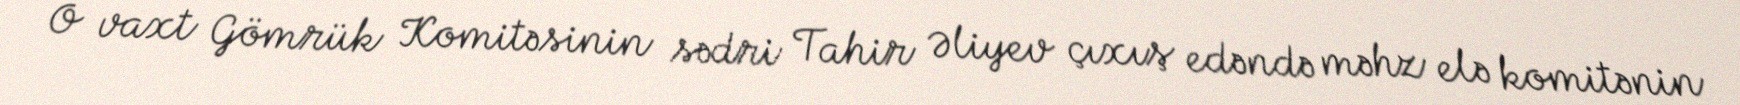
O vaxt Gömrük Komitəsinin sədri Tahir Əliyev çıxış edəndə məhz elə komitənin